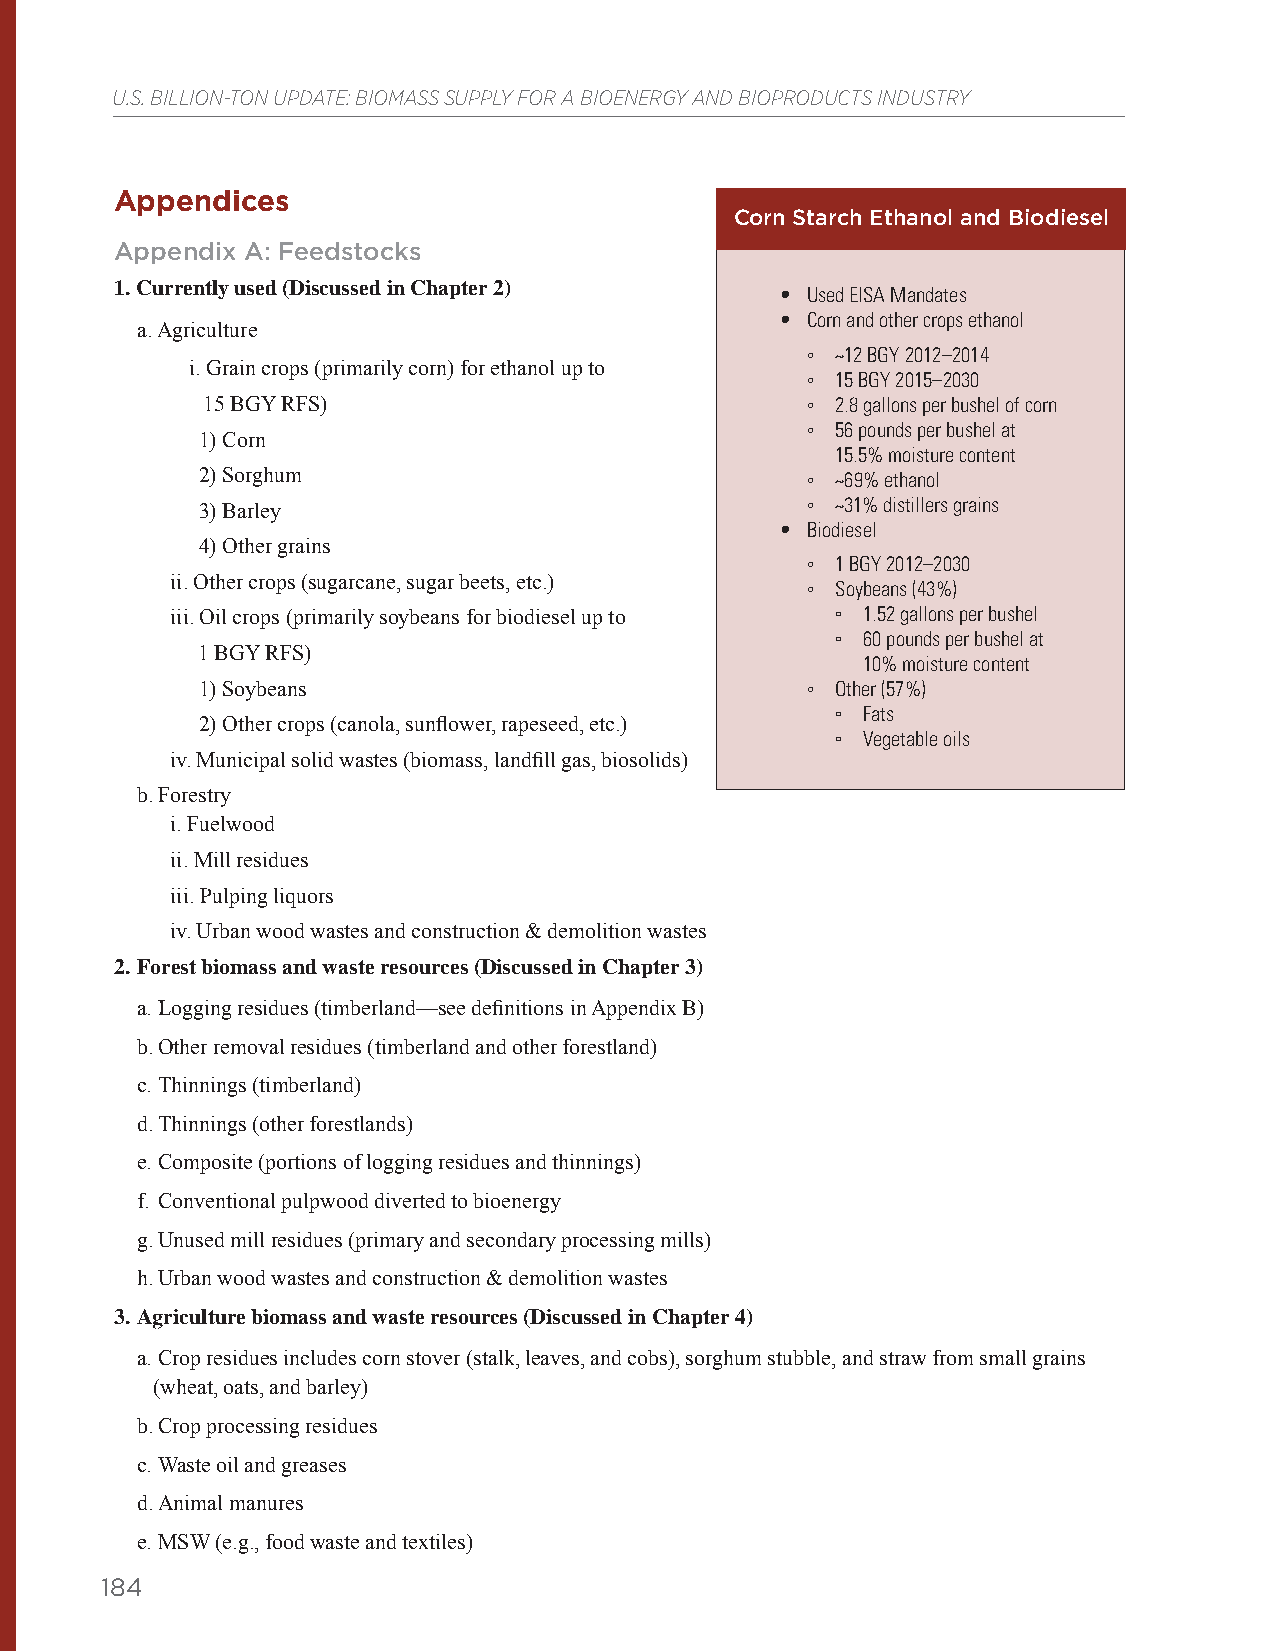
U.S. BILLION-TON UPDATE: BIOMASS SUPPLY FOR A BIOENERGY AND BIOPRODUCTS INDUSTRY
 Appendices
 Corn Starch Ethanol and Biodiesel
 Appendix A: Feedstocks
 1. Currently used (Discussed in Chapter 2)
 • Used EISA Mandates
 • Corn and other crops ethanol
 a. Agriculture
 ◦ ~12 BGY 2012–2014
 i. Grain crops (primarily corn) for ethanol up to
 ◦ 15 BGY 2015–2030
 15 BGY RFS)                             ◦ 2.8 gallons per bushel of corn
 ◦ 56 pounds per bushel at
 1) Corn
 15.5% moisture content
 2) Sorghum                              ◦ ~69% ethanol
 3) Barley                               ◦ ~31% distillers grains
 • Biodiesel
 4) Other grains
 ◦ 1 BGY 2012–2030
 ii. Other crops (sugarcane, sugar beets, etc.)
 ◦ Soybeans (43%)
 iii. Oil crops (primarily soybeans for biodiesel up to ▫ 1.52 gallons per bushel
 ▫ 60 pounds per bushel at
 1 BGY RFS)
 10% moisture content
 1) Soybeans                             ◦ Other (57%)
 ▫ Fats
 2) Other crops (canola, sunflower, rapeseed, etc.)
 ▫ Vegetable oils
 iv. Municipal solid wastes (biomass, landfill gas, biosolids)
 b. Forestry
 i. Fuelwood
 ii. Mill residues
 iii. Pulping liquors
 iv. Urban wood wastes and construction & demolition wastes
 2. Forest biomass and waste resources (Discussed in Chapter 3)
 a. Logging residues (timberland—see definitions in Appendix B)
 b. Other removal residues (timberland and other forestland)
 c. Thinnings (timberland)
 d. Thinnings (other forestlands)
 e. Composite (portions of logging residues and thinnings)
 f. Conventional pulpwood diverted to bioenergy
 g. Unused mill residues (primary and secondary processing mills)
 h. Urban wood wastes and construction & demolition wastes
 3. Agriculture biomass and waste resources (Discussed in Chapter 4)
 a. Crop residues includes corn stover (stalk, leaves, and cobs), sorghum stubble, and straw from small grains
 (wheat, oats, and barley)
 b. Crop processing residues
 c. Waste oil and greases
 d. Animal manures
 e. MSW (e.g., food waste and textiles)
 184